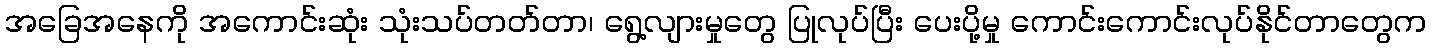
အခြေအနေကို အကောင်းဆုံး သုံးသပ်တတ်တာ၊ ရွေ့လျားမှုတွေ ပြုလုပ်ပြီး ပေးပို့မှု ကောင်းကောင်းလုပ်နိုင်တာတွေက